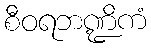
စီဝရဘဏ္ဍိကံ